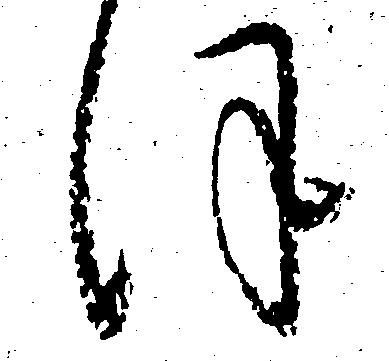
ほ